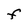
Character: F